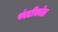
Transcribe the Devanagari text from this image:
पंक्टीकोल